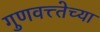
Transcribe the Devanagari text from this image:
गुणवत्त्तेच्या